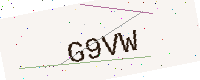
Text: G9VW